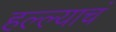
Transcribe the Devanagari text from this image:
हल्ल्याचं